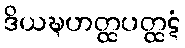
ဒိယဍ္ဎဟတ္ထပတ္ထဋံ